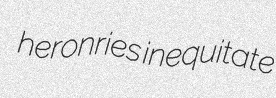
heronries inequitate